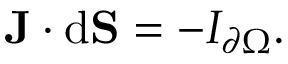
\mathbf { J } \cdot \mathrm { { d } } \mathbf { S } = - I _ { \partial \Omega } .